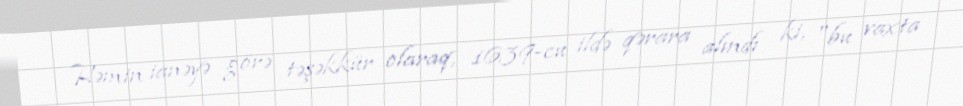
Həmin ianəyə görə təşəkkür olaraq, 1639-cu ildə qərara alındı ki, "bu vaxta